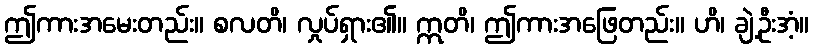
ဤကားအမေးတည်း။ စလတိ၊ လှုပ်ရှား၏။ ဣတိ၊ ဤကားအဖြေတည်း။ ဟိ၊ ချဲ့ဦးအံ့။